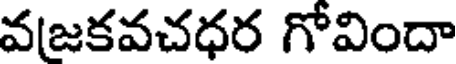
వజకవచధర గోవిందా